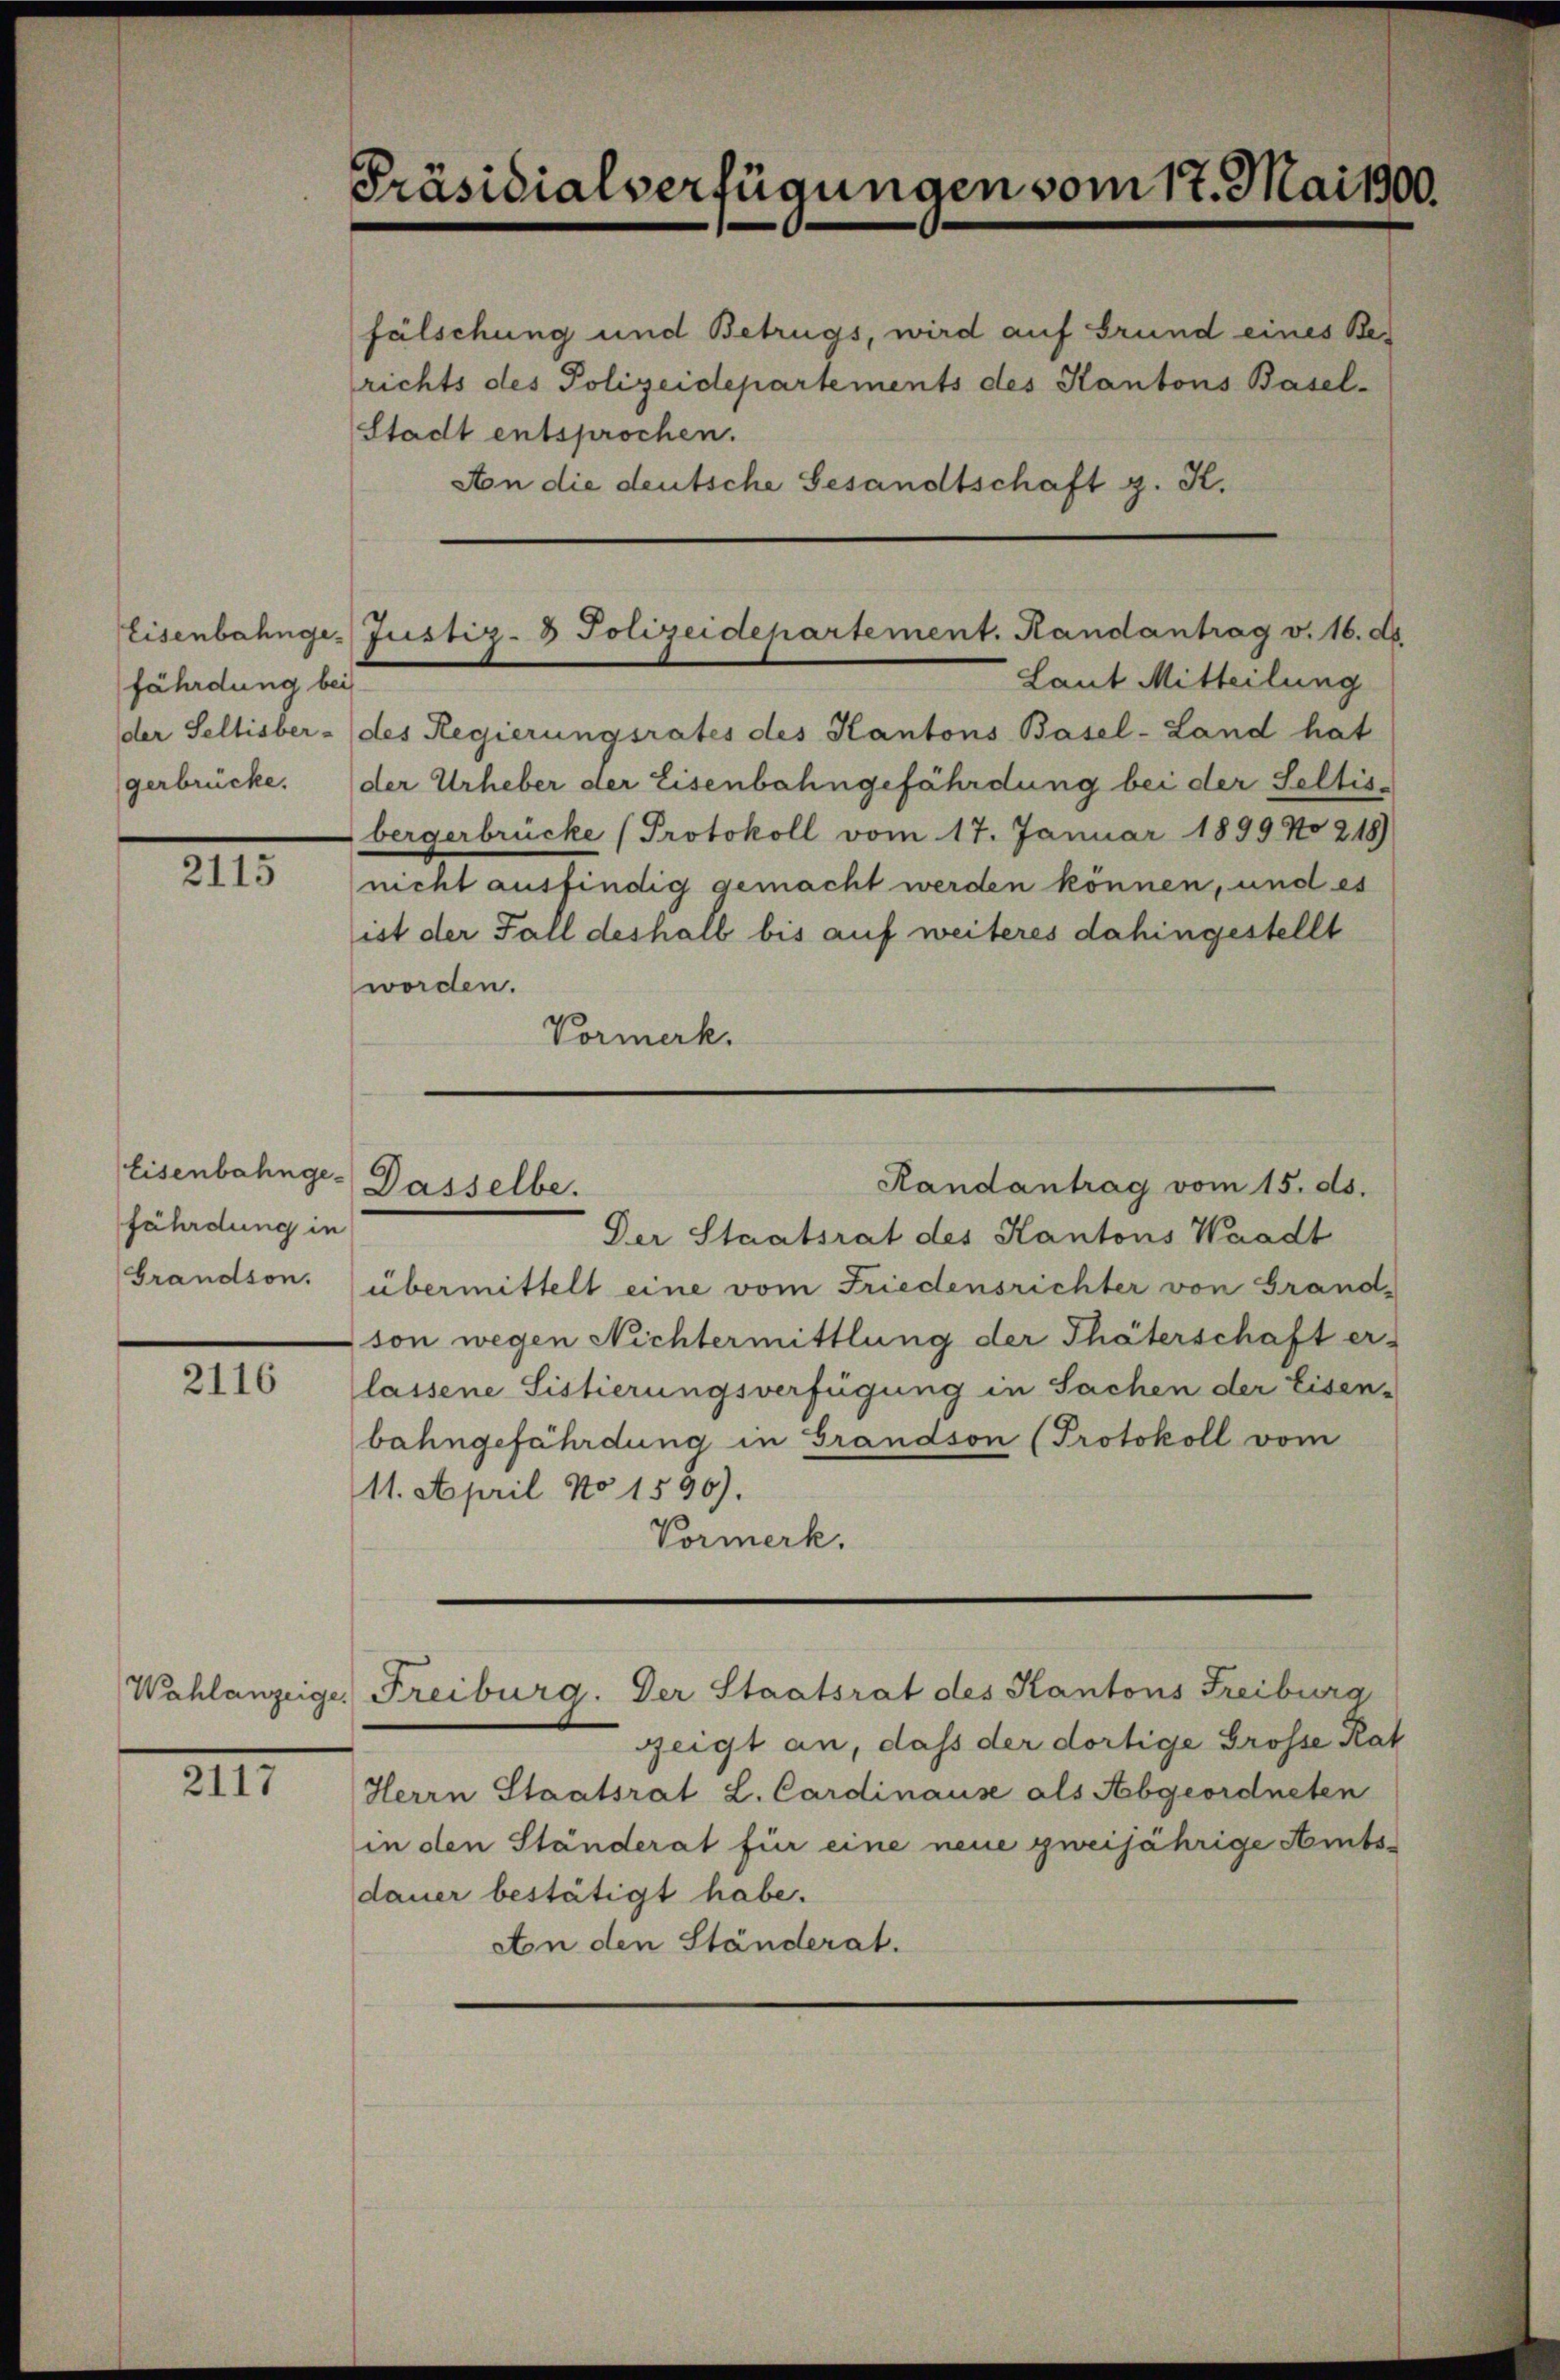
Eisenbahnge
fährdung bei

XII

fährdung in
Grandson.

2116

Wahlanzeige.

XIII

Präsidialverfügungen vom 17. Mai 1900.

fälschung und Betrugs, wird auf Grund eines Berichts des Polizeidepartements des Kantons Basel-
Stadt entsprochen.
Aon die deutsche Gesandtschaft z. K.

Justiz- & Polizeidepartement. Handantrag v. 16. ds.

Eisenbahnge- Dasselbe.
Randantrag vom 15. ds.

Laut Mitteilung
der Seltisber- des Regierungsrates des Kantons Basel-Land hat
gerbrücke. der Urheber der Eisenbahngefährdung bei der Seltis-
bergerbrücke (Protokoll vom 17. Januar 1899 No 218)
nicht ausfindig gemacht werden können, und es
ist der Fall deshalb bis auf weiteres dahingestellt
worden.
Vormerk.
Der Staatsrat des Kantons Waadt
übermittelt eine vom Friedensrichter von Grand-
son wegen Nichtermittlung der Thäterschaft er-
lassene Sistierungsverfügung in Sachen der Eisen-
bahngefährdung in Grandson (Protokoll vom
11. April No 1596).
Vormerk.
Freiburg. Der Staatsrat des Kantons Freiburg
zeigt an, dass der dortige Grosse Rat
Herrn Staatsrat L. Cardinause als Abgeordneten
in den Ständerat für eine neue zweijährige Amtsdauer bestätigt habe.
An den Ständerat.